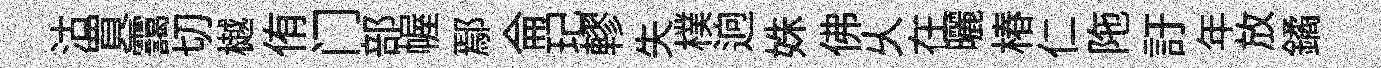
沽買靄切樾侑门部幄鄢侖玘轇失樸逈姝佛乆在曬椿仁陁訏年放鐍